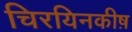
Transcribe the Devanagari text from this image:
चिरयिनकीष़